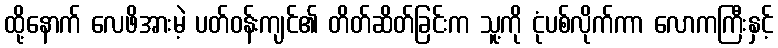
ထို့နောက် လေဖိအားမဲ့ ပတ်ဝန်းကျင်၏ တိတ်ဆိတ်ခြင်းက သူ့ကို ငုံပစ်လိုက်ကာ လောကကြီးနှင့်